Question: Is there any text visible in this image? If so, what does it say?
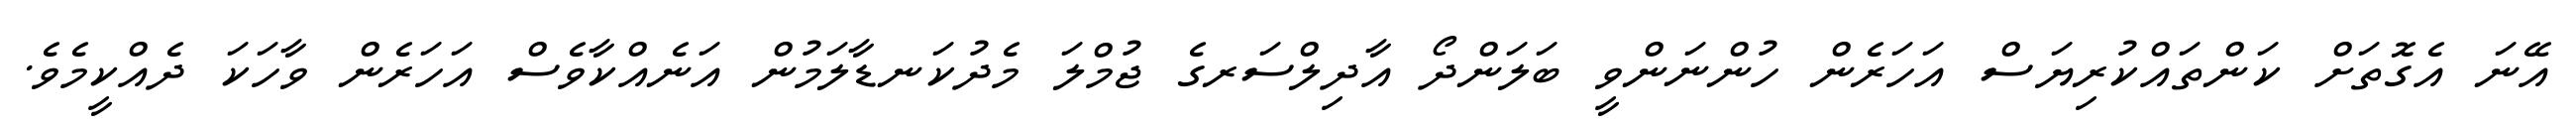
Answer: އޭނަ އެގޮތަށް ކަންތައްކުރިޔަސް އަހަރެން ހުންނަންވީ ބަލަންދޯ އާދިލްސަރގެ ޖުމްލަ މެދުކަނޑާލަމުން އަނެއްކާވެސް އަހަރެން ވާހަކަ ދެއްކީމެވެ.